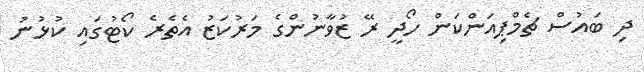
ދި ބައުސް ޗެމްޕިއަންކަން ހޯދީ ރޭ ޒުވާނުންގެ މަރުކަޒު އެތެރެ ކޯޓުގައި ކުޅުނު